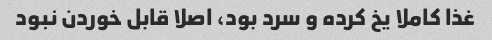
غذا کاملا یخ کرده و سرد بود، اصلا قابل خوردن نبود